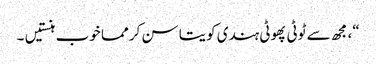
“، مجھ سے ٹوٹی پھوٹی ہندی کویتا سن کر مما خوب ہنستیں ۔